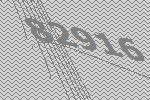
82916